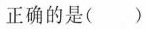
正确的是( )